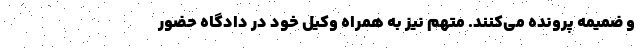
و ضمیمه پرونده می‌کنند. متهم نیز به همراه وکیل خود در دادگاه حضور